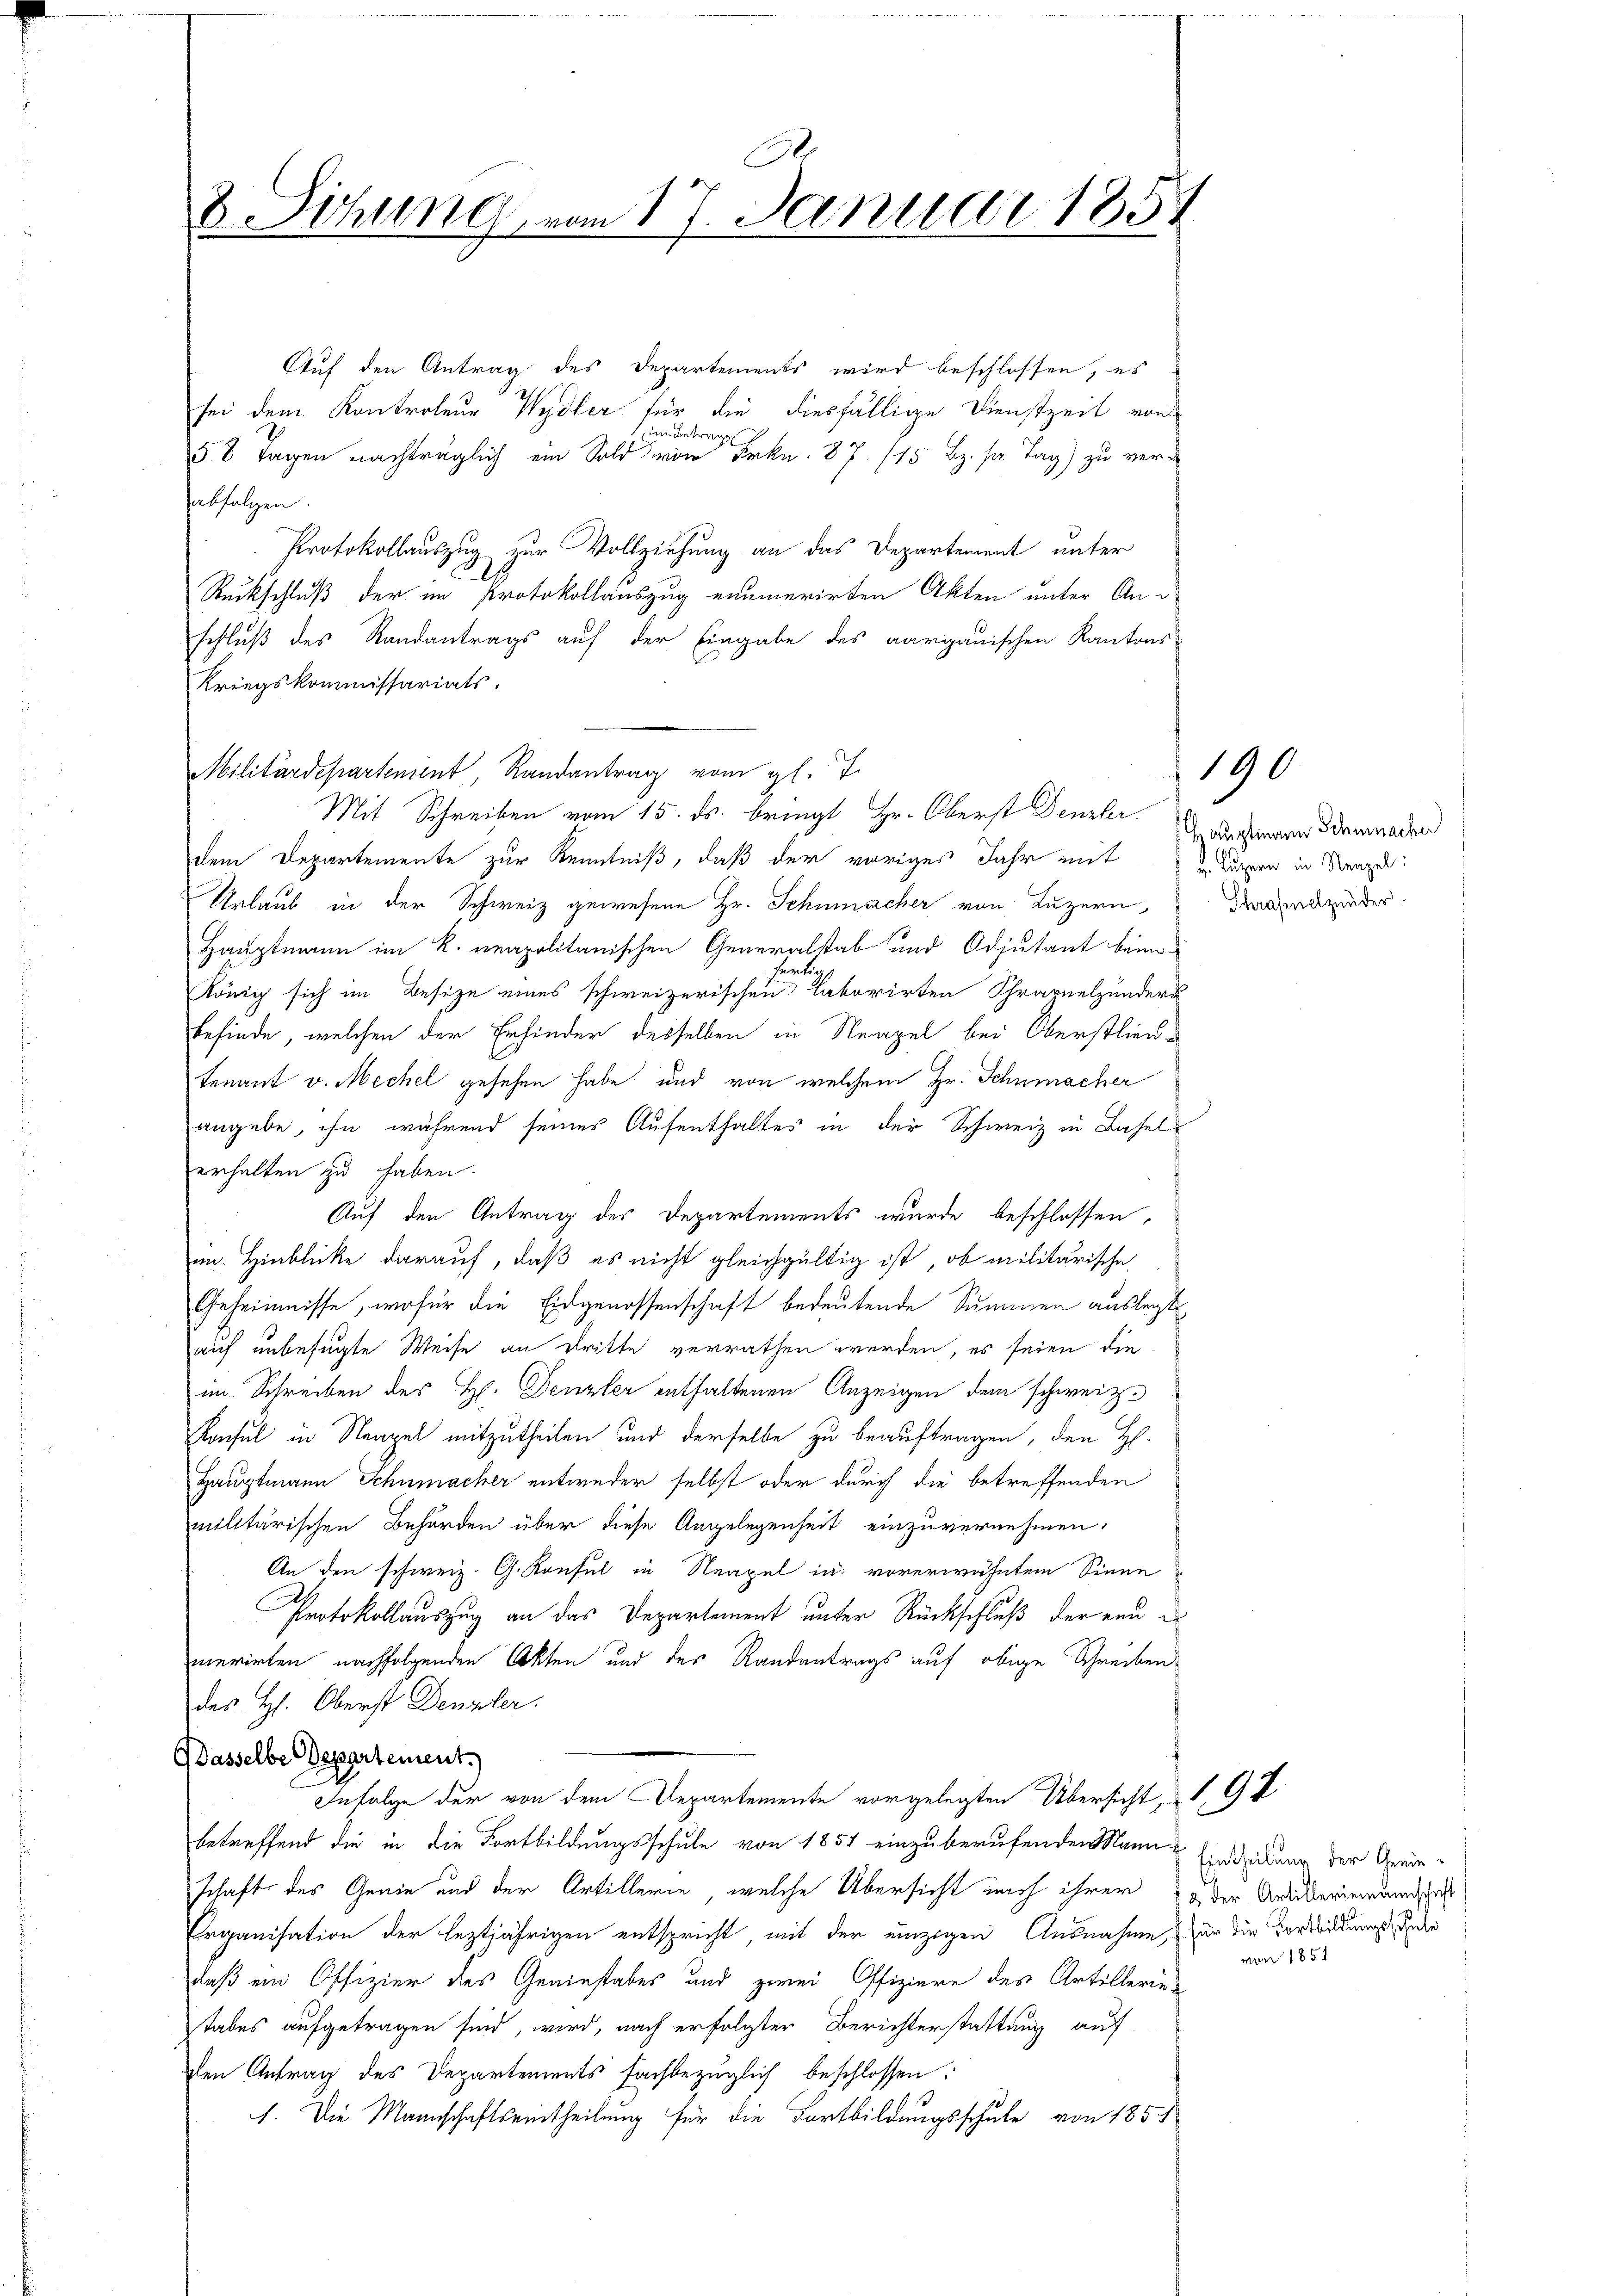
8. Sitzung vom 17. Januar 1851

Auf den Antrag des Departements wird beschlossen, es
sei dem Kontroleur Wydler für die diesfällige Dienstzeit von
im Betragen
58 Tagen nachträglich ein Sold von Frkn. 87. 115 Bz. pr. Tag) zu ver-
abfolgen.
Protokollauszug zur Vollziehung an das Departement unter
Ruckschluß der im Protokollauszug enumerirten Akten unter Anschluß des Randantrags auf der Eingabe des aargauischen Kantons-
Kriegskommissariats.
Militärdepartement, Randantrag vom gl. T.
Mit Schreiben vom 15. ds. bringt Hr. Oberst Denzler
dem Departemente zur Kenntniß, daß der voriges Jahr mit Augen in Neapel
Urlaub in der Schweiz gewesene Hr. Schumacher von Luzern,
Hauptmann im K. neapolitanischen Generalstab und Adjutant beim
Ferti
König sich im Besize eines schweizerischen Laborirten Chrapuelzunderu
befinde, welchen der Erfinder desselben in Neapel bei Oberstliede
tenant v. Mechel gesehen habe und von welchem Hr. Schnmacher
angebe, ihn während seines Aufenthaltes in der Schweiz in Basel
erhalten zu haben.
Auf den Antrag des Departements wurde beschlossen,
im Hinblicke darauf, daß es nicht gleichgültig ist, ob militärische
Geheimnisse, wofür die Eidgenossenschaft bedeutende Summen auslegt
auf unbefugte Weise an Dritte verrathen werden, es seien die
im Schreiben der H. Denzler enthaltenen Anzeigen dem schweiz.
Konsul in Neapel mitzutheilen und derselbe zu beauftragen, den H
Hauptmann Schumacher entweder selbst oder durch die betreffenden
militärischen Behörden über diese Angelegenheit einzuvernehmen,
An den schweiz. G. Konsul in Neapel in vorerwähntem Sinne
Protokollauszug an das Departement unter Rückschluß der ein
merirten nachfolgenden Akten und der Randantrags auf obige Schreiben
des Hs. Oberst Denzler.
Gasselbe Departement.
Infolge der von dem Departemente vorgelegten Übersicht, 9 P
betreffend die in die Fortbildungsschule von 1851 einzuberufenden Mann
schaft des Genie und der Artillerie, welche Übersicht mich ihrer u der Artikeriendandschaft
Erganisation der leztjährigen entspricht, mit der einzigen Ausnahme, für die Vortrikungsdie
daß ein Offizier des Gerinstabes und zwei Offiziere des Artillerie-
tabes aufgetragen sind, wird, nach erfolgter Berichterstattung auf
den Antrag des Departements fachbezüglich beschlossen:
h. Die Mannschaftseitheilung für die Fortbildungsschule von 185 f

Hauptmann Schmacker
Chrasenelznüder

190.

Eintheilung der Geniemun 1851